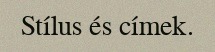
Stílus és címek.